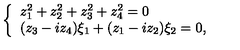
\left\{ \begin{array} { l } { z _ { 1 } ^ { 2 } + z _ { 2 } ^ { 2 } + z _ { 3 } ^ { 2 } + z _ { 4 } ^ { 2 } = 0 } \\ { ( z _ { 3 } - i z _ { 4 } ) \xi _ { 1 } + ( z _ { 1 } - i z _ { 2 } ) \xi _ { 2 } = 0 , } \\ \end{array} \right.